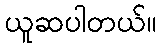
ယူဆပါတယ်။